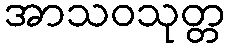
အာသဝသုတ္တ